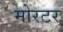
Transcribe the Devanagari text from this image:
मोरटर